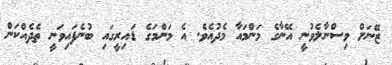
ޒޭނަށް ވިސްނާލެވުނީ އޭނާގެ މަންމައާ މެދުއެވެ. އެ މަންމަގެ ޑައިރީގައި ބުނެފައިވަނީ ތެދެއްކަން